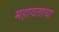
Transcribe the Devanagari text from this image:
महावताचा